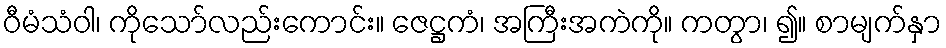
ဝီမံသံဝါ၊ ကိုသော်လည်းကောင်း။ ဇေဋ္ဌကံ၊ အကြီးအကဲကို။ ကတွာ၊ ၍။ စာမျက်နှာ